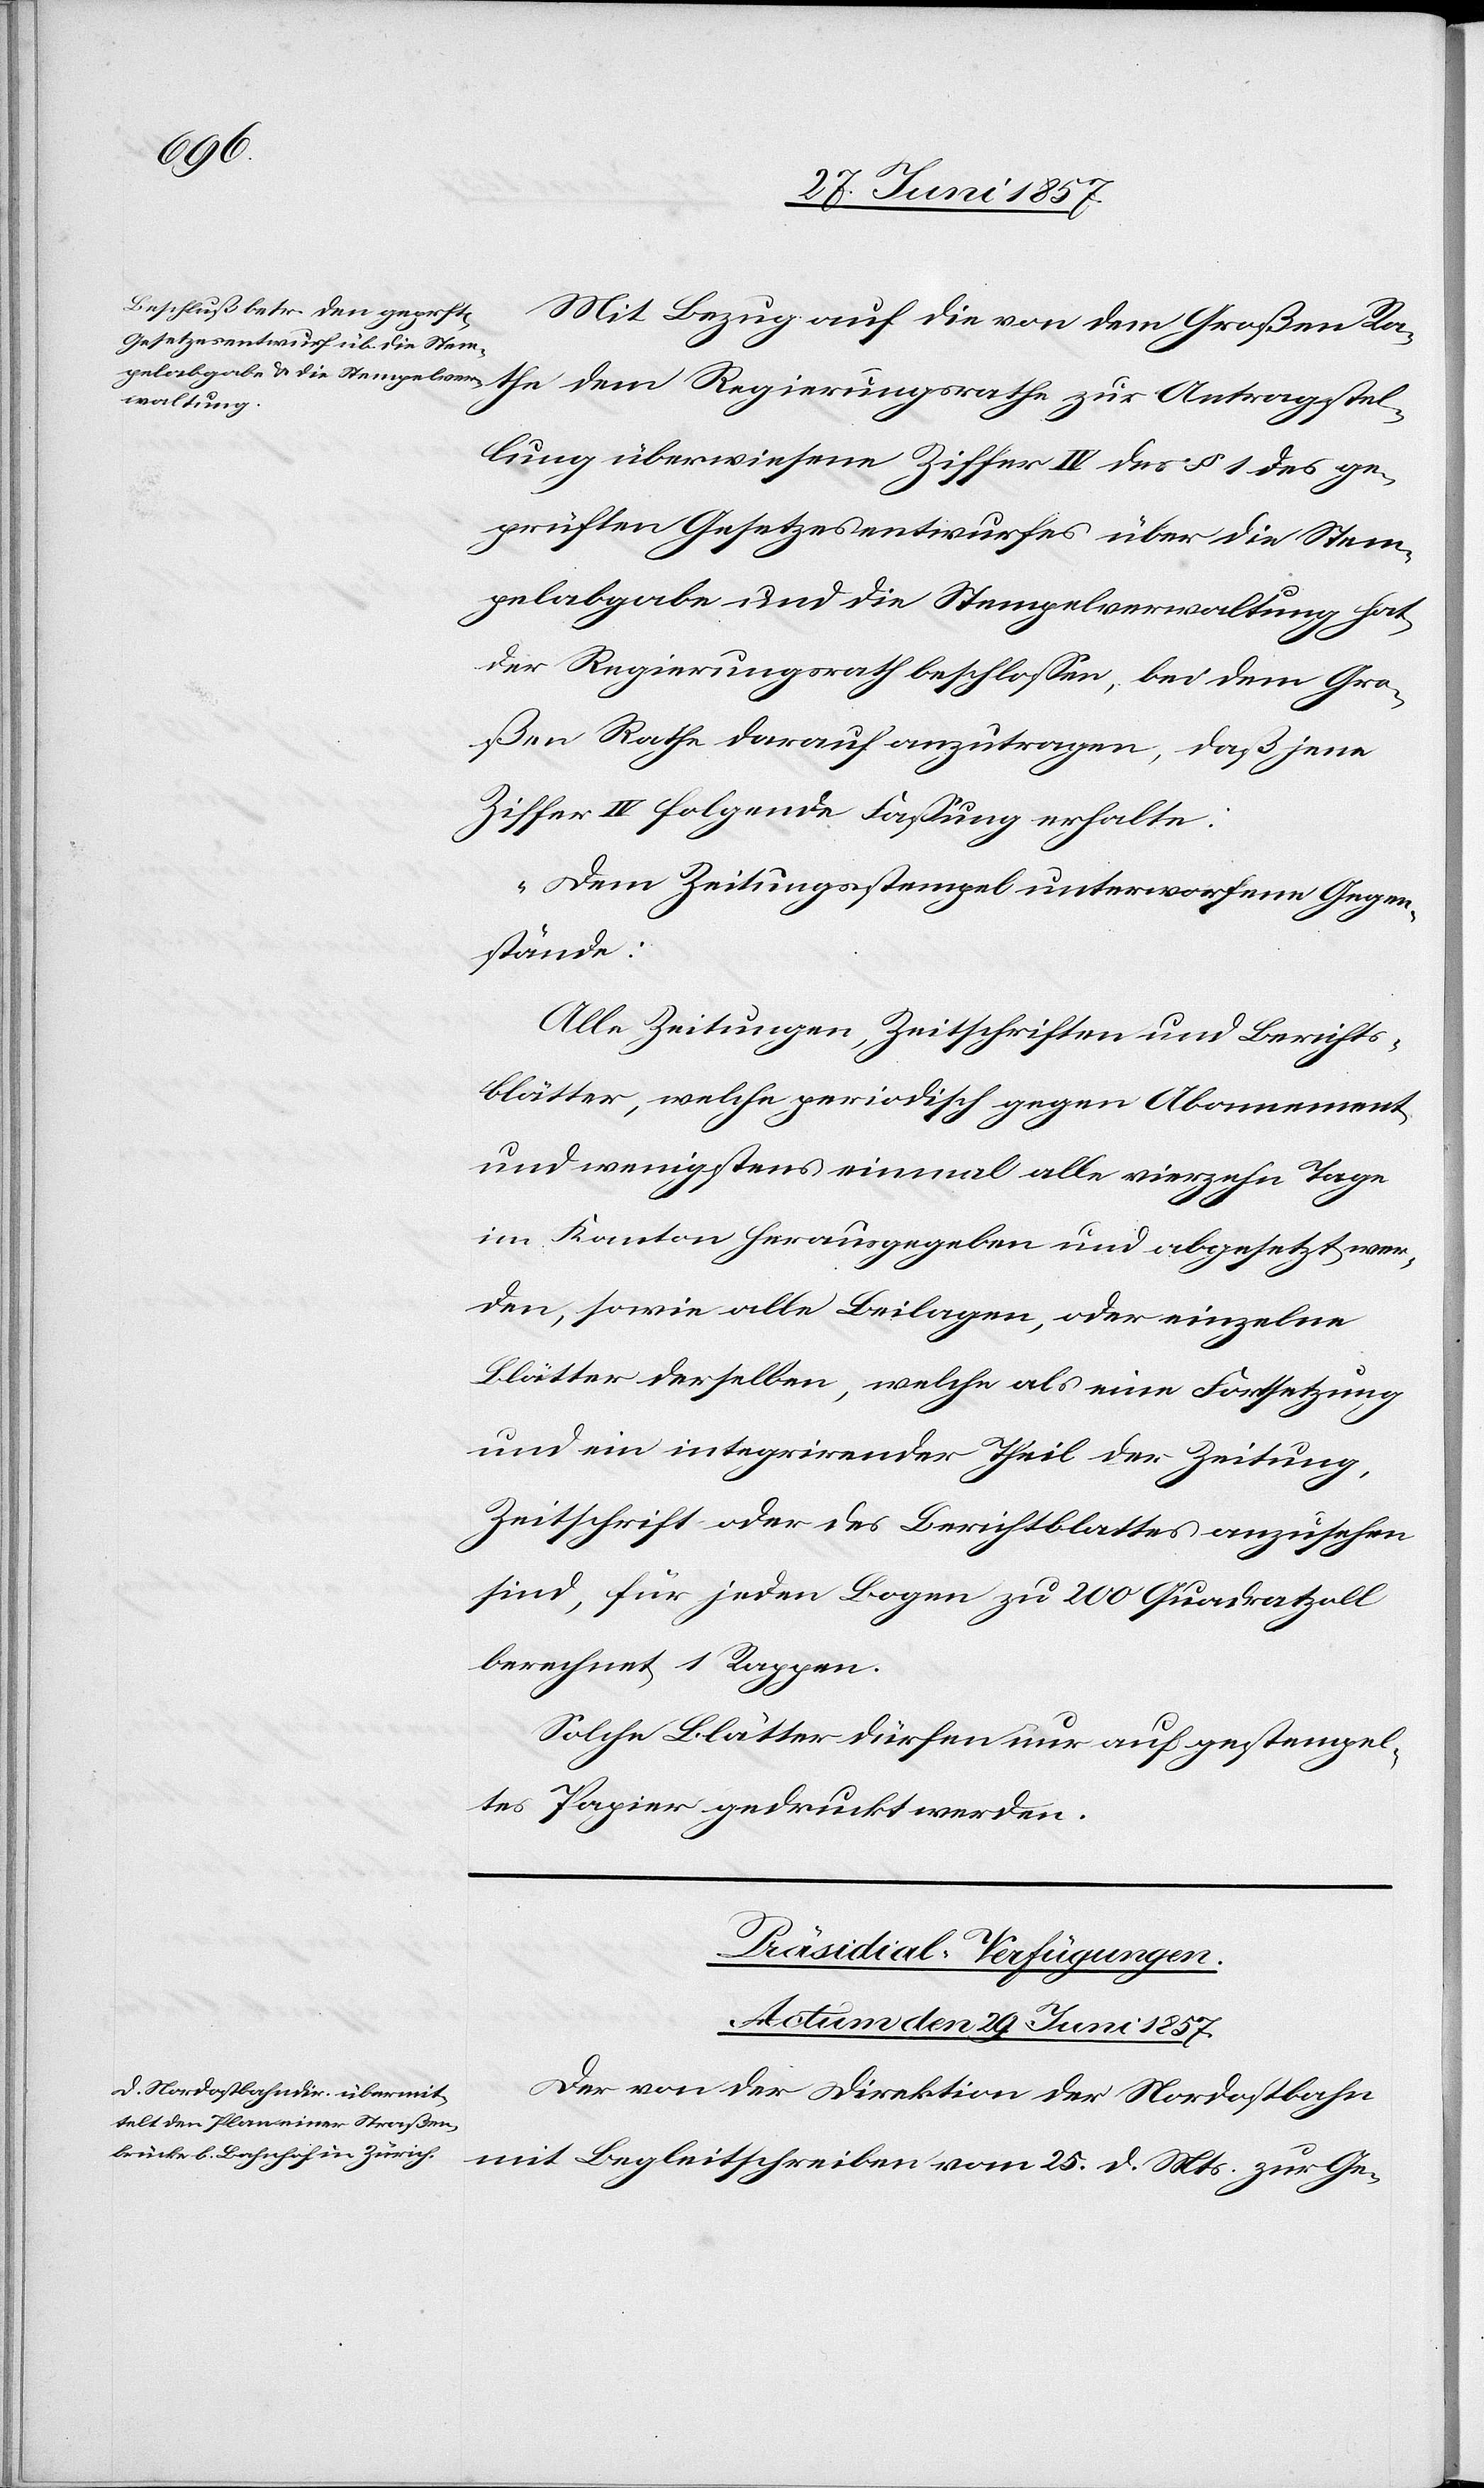
Antragstel¬
Mit Bezug auf die von dem Großen Ra¬
lung überwiesene Ziffer IV des § 1 des ge¬
prüften Gesetzesentwurfes über die Stem¬
pelabgabe und die Stempelverwaltung hat
the
zur
der Regierungsrath beschlossen, bei dem Gro¬
ßen Rathe darauf anzutragen, daß jene
Ziffer IV folgende Fassung erhalte:
„Dem Zeitungsstempel unterworfene Gegen¬
stände:
Alle Zeitungen, Zeitschriften und Berichts¬
blätter, welche periodisch gegen Abonnement
und wenigstens einmal alle vierzehn Tage
im Kanton herausgegeben und abgesetzt wer¬
den, sowie alle Beilagen, oder einzelne
Blätter derselben, welche als eine Festsetzung
und ein integrirender Theil der Zeitung,
Zeitschrift oder des Berichtsblattes anzusehen
sind, für jeden Bogen zu 200 Quadratzoll
berechnet 1 Rappen.“
Solche Blätter dürfen nur auf gestempel¬
tes Papier gedruckt werden.
Präsidial-Verfügungen.
Actum den 29 Juni 1857.
Der von der Direktion der Nordostbahn
mit Begleitschreiben vom 25 d. Mts. zur Ge-